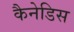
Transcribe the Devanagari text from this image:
कैनेडिस